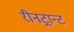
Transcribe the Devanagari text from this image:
रीनट्रान्ट